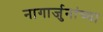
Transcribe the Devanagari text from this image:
नागार्जुनांच्या